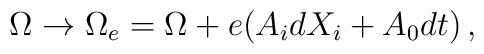
\Omega \to \Omega_e = \Omega +  e(A_i dX_i +A_0 dt)\, ,